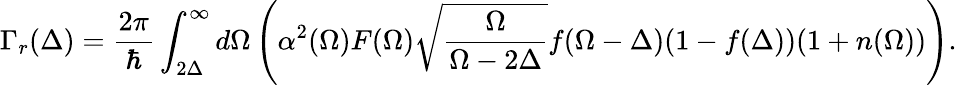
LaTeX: \Gamma_{r}(\Delta)=\frac{2\pi}{\hbar}\int_{2\Delta}^{\infty}d\Omega\left(\alpha^{2}(\Omega)F(\Omega)\sqrt{\frac{\Omega}{\Omega-2\Delta}}f(\Omega-\Delta)(1-f(\Delta))(1+n(\Omega))\right).